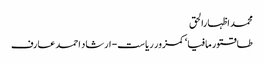
محمد اظہارالحق
طاقتور مافیا‘ کمزور ریاست- ارشاد احمد عارف